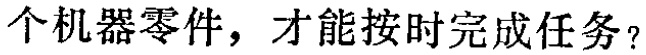
个机器零件，才能按时完成任务？